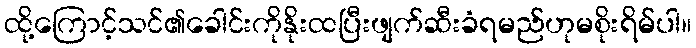
ထို့ကြောင့်သင်၏ခေါင်းကိုနိုးထပြီးဖျက်ဆီးခံရမည်ဟုမစိုးရိမ်ပါ။